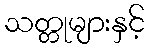
သတ္တုများနှင့်